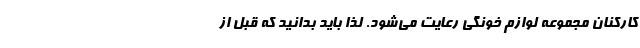
کارکنان مجموعه لوازم خونگی رعایت می‌شود. لذا باید بدانید که قبل از